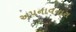
અપનાવનારા